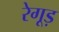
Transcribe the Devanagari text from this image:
रेगूड़